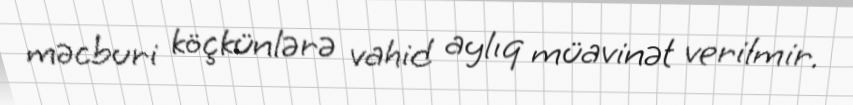
məcburi köçkünlərə vahid aylıq müavinət verilmir.